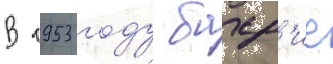
В 1953 году бахр'ие